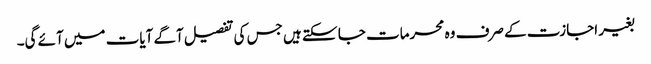
بغیر اجازت کے صرف وہ محرمات جا سکتے ہیں جس کی تفصیل آگے آیات میں آئے گی۔